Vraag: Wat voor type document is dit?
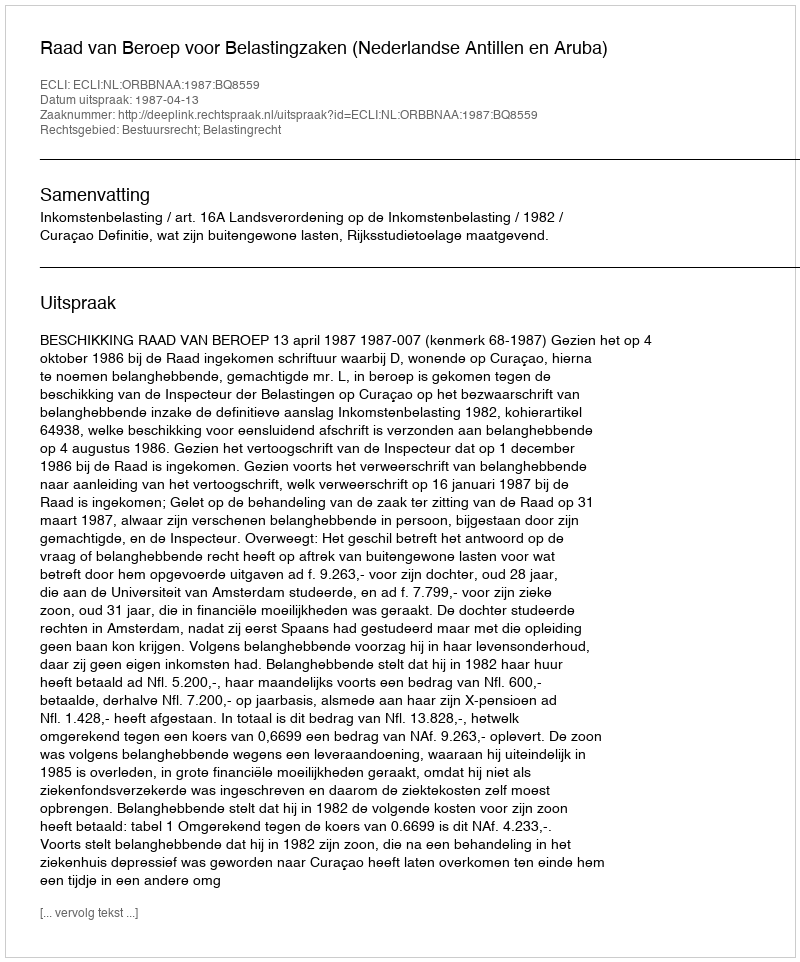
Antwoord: Uitspraak